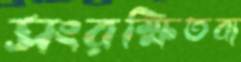
সংরক্ষিতব্য